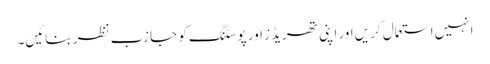
انہیں استعمال کریں اور اپنی تھریڈز اور پوسٹنگ کو جازب نظر بنائیں۔